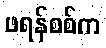
ဖရန်စစ်က